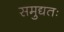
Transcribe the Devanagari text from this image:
समुद्यतः